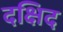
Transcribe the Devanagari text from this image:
दक्षिद